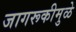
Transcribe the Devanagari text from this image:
जागरूकीमुळे